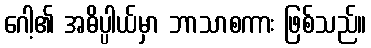
ဂေါ့၏ အဓိပ္ပါယ်မှာ ဘာသာစကား ဖြစ်သည်။